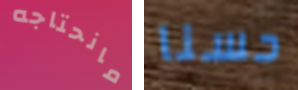
مانحتاجه حسنا